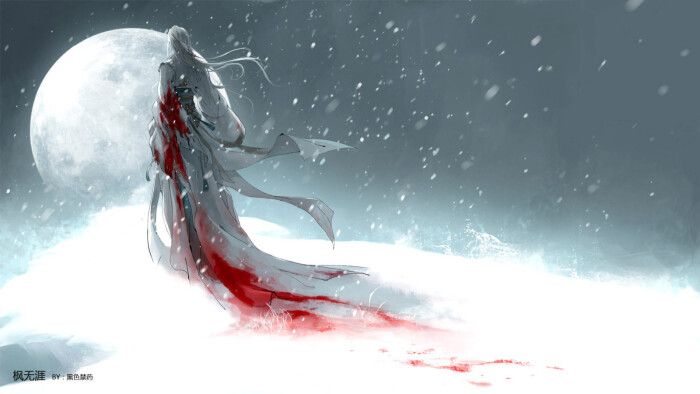
秋来相顾尚飘蓬，未就丹砂愧葛洪。